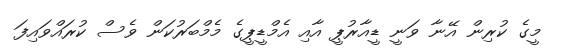
މީގެ ކުރިން އޭނާ ވަނީ ޑީއާރުޕީ އާއި އެމްޑީޕީގެ މެމްބަރުކަން ވެސް ކުރައްވައިފަ